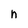
Character: n